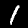
Digit: 1